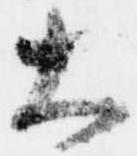
大